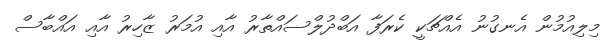
މިލިއުމުން އެނގުނު އެއްޗަކީ ކެރަފާ އަބްދުލްސައްތާރު އާއި އުމަރު ޒާހިރު އާއި އައްބާސް